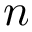
n